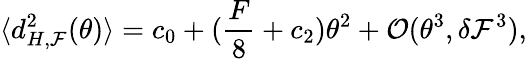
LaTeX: \langle d_{H,\mathcal{F}}^{2}(\theta)\rangle=c_{0}+(\frac{F}{8}+c_{2})\theta^{2}+\mathcal{O}(\theta^{3},\delta\mathcal{F}^{3}),